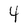
Character: 4